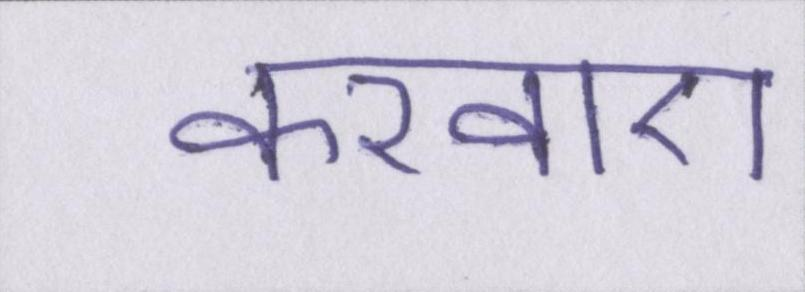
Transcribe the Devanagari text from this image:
करवाए